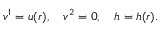
v ^ { 1 } = u ( r ) , \quad v ^ { 2 } = 0 , \quad h = h ( r ) .